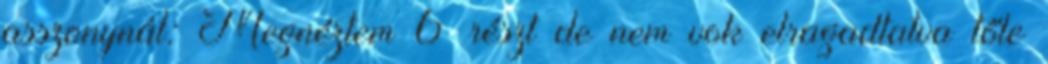
asszonynál: Megnéztem 6 részt de nem vok elragadtatva tőle